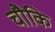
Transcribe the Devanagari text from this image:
चौकि